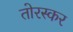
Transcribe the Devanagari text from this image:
तोरस्कर